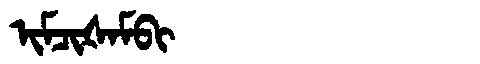
Manchu: ᡳᠮᠴᡳᡧᠠᠮᠪᡳ
Romanization: IMCIŠAMBI